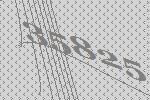
35825